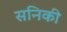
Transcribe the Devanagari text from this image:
सनिकी